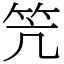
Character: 笐